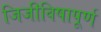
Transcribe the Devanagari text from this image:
जिजीविषापूर्ण